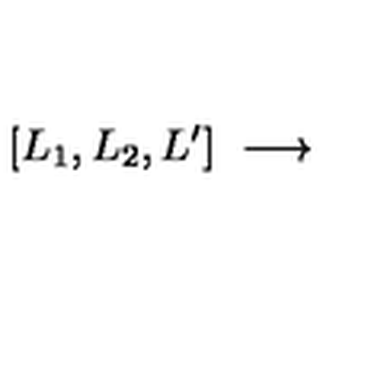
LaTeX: [ L _ { 1 } , L _ { 2 } , L ^ { \prime } ] \ \longrightarrow \ \makebox [ 6 c m ] [ l ] { \displaystyle \bigoplus _ { J } \ N _ { L _ { 1 } L ^ { \prime } } ^ { k } { } ^ { J } \ [ J , L _ { 2 } , 0 ] . }